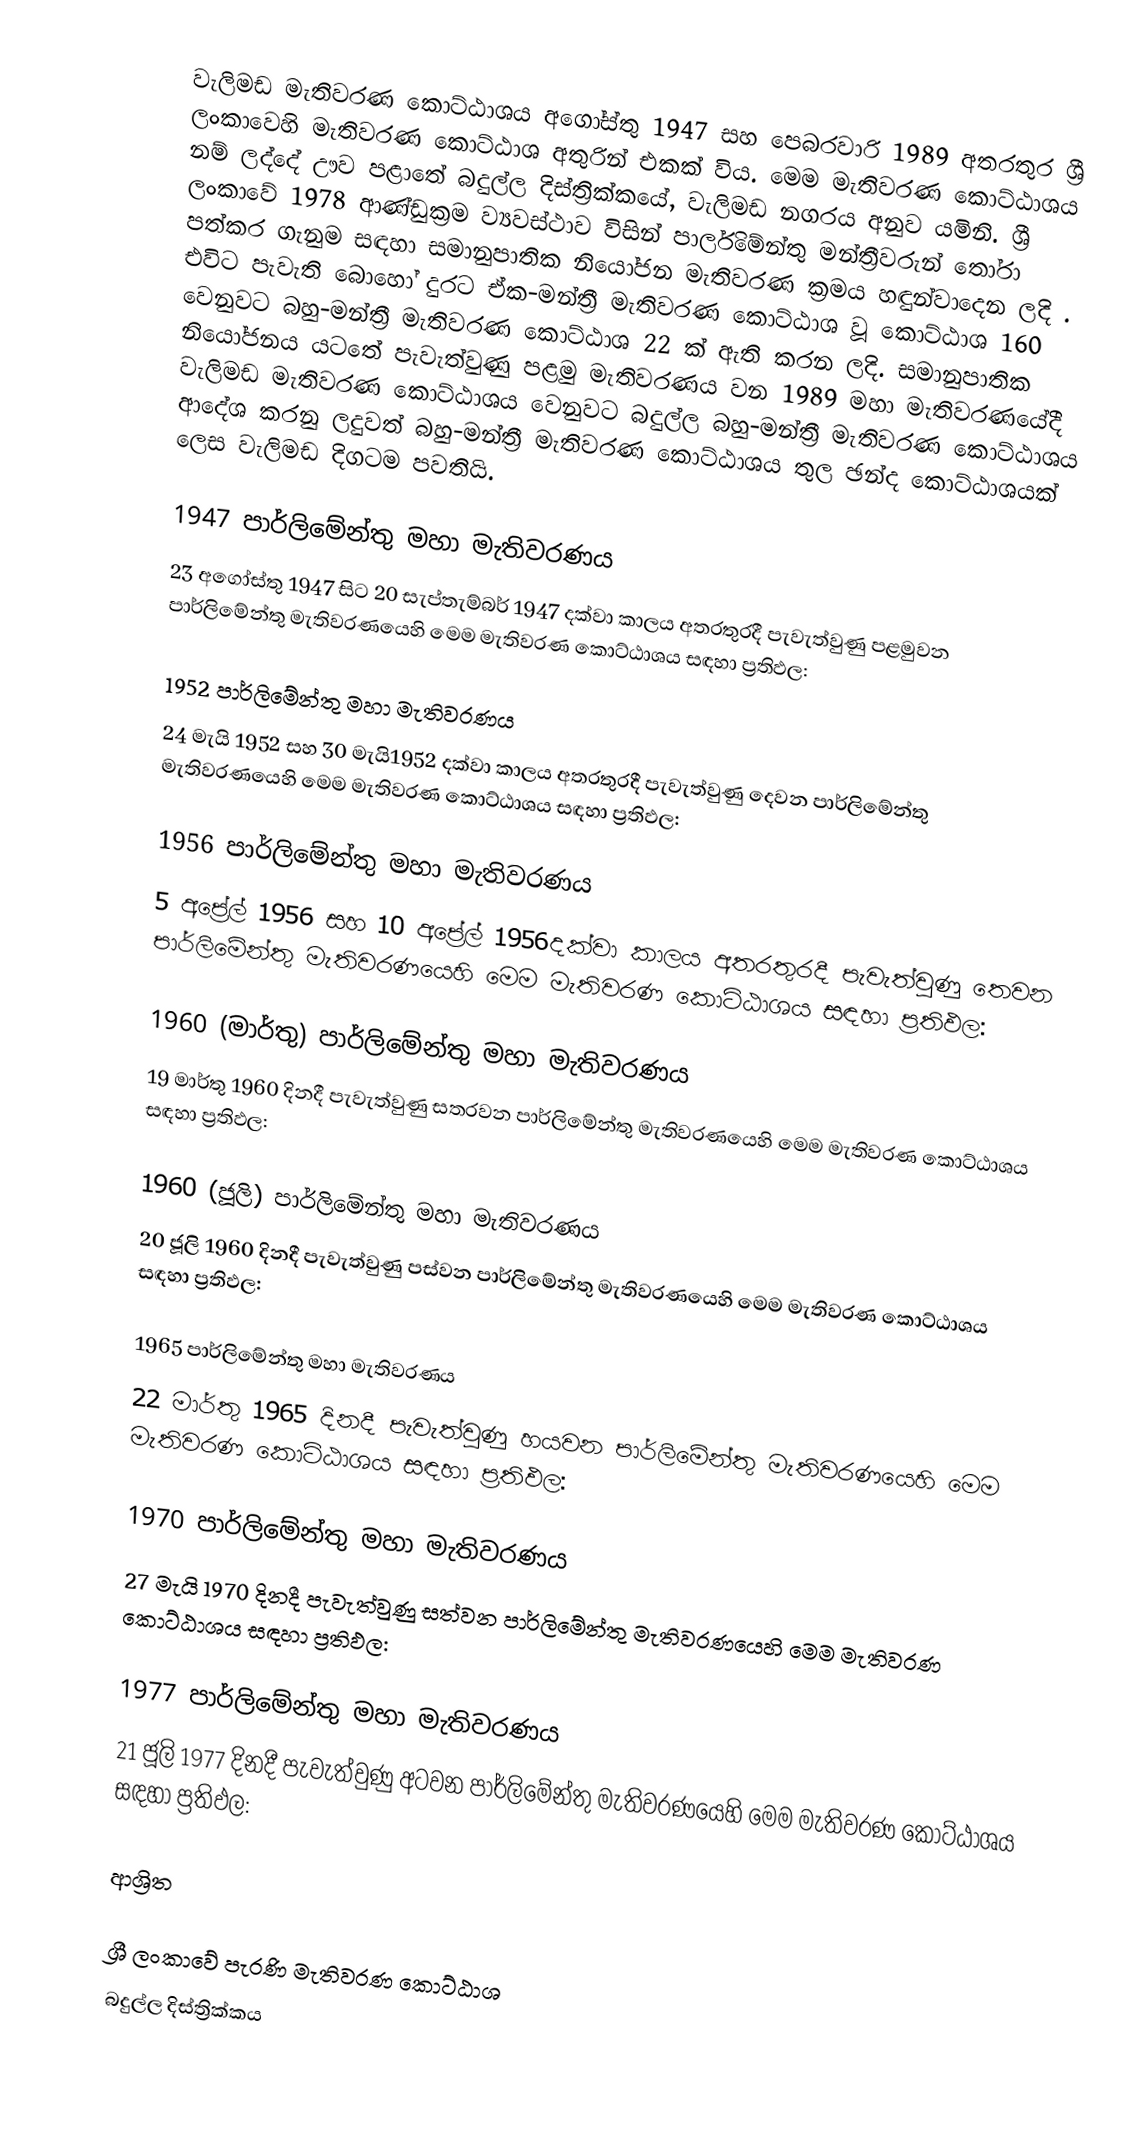
වැලිමඩ මැතිවරණ කොට්ඨාශය  අගෝස්තු 1947 සහ පෙබරවාරි 1989 අතරතුර  ශ්‍රී ලංකාවෙහි  මැතිවරණ කොට්ඨාශ අතුරින් එකක් විය. මෙම මැතිවරණ කොට්ඨාශය නම් ලද්දේ  ඌව පළාතේ  බදුල්ල  දිස්ත්‍රික්කයේ,  වැලිමඩ නගරය අනුව යමිනි. ශ්‍රී ලංකාවේ 1978 ආණ්ඩුක්‍රම ව්‍යවස්ථාව විසින්   පාර්ලිමේන්තු මන්ත්‍රීවරුන් තෝරා පත්කර ගැනුම සඳහා සමානුපාතික නියෝජන මැතිවරණ ක්‍රමය හඳුන්වාදෙන ලදි . එවිට පැවැති බොහෝ දුරට  ඒක-මන්ත්‍රී මැතිවරණ කොට්ඨාශ වූ කොට්ඨාශ 160 වෙනුවට බහු-මන්ත්‍රී මැතිවරණ කොට්ඨාශ 22 ක් ඇති කරන ලදි. සමානුපාතික නියෝජනය යටතේ පැවැත්වුණු  පළමු මැතිවරණය වන 1989 මහා මැතිවරණයේදී  වැලිමඩ මැතිවරණ කොට්ඨාශය වෙනුවට  බදුල්ල  බහු-මන්ත්‍රී මැතිවරණ කොට්ඨාශය  ආදේශ කරනු ලදුවත් බහු-මන්ත්‍රී මැතිවරණ කොට්ඨාශය තුල ඡන්ද කොට්ඨාශයක් ලෙස වැලිමඩ දිගටම පවතියි.

1947 පාර්ලිමේන්තු මහා මැතිවරණය
23 අගෝස්තු 1947 සිට 20 සැප්තැම්බර් 1947 දක්වා කාලය අතරතුරදී පැවැත්වුණු   පළමුවන පාර්ලිමේන්තු මැතිවරණයෙහි මෙම මැතිවරණ කොට්ඨාශය සඳහා ප්‍රතිඵල:

1952 පාර්ලිමේන්තු මහා මැතිවරණය
24 මැයි 1952 සහ 30 මැයි1952 දක්වා කාලය අතරතුරදී පැවැත්වුණු   දෙවන පාර්ලිමේන්තු මැතිවරණයෙහි මෙම මැතිවරණ කොට්ඨාශය සඳහා ප්‍රතිඵල:

1956 පාර්ලිමේන්තු මහා මැතිවරණය
5 අප්‍රේල් 1956 සහ 10 අප්‍රේල් 1956දක්වා කාලය අතරතුරදී පැවැත්වුණු   තෙවන පාර්ලිමේන්තු මැතිවරණයෙහි මෙම මැතිවරණ කොට්ඨාශය සඳහා ප්‍රතිඵල:

1960 (මාර්තු) පාර්ලිමේන්තු මහා මැතිවරණය
19 මාර්තු 1960 දිනදී පැවැත්වුණු   සතරවන පාර්ලිමේන්තු මැතිවරණයෙහි මෙම මැතිවරණ කොට්ඨාශය සඳහා ප්‍රතිඵල:

1960 (ජූලි) පාර්ලිමේන්තු මහා මැතිවරණය
20 ජූලි 1960 දිනදී පැවැත්වුණු   පස්වන පාර්ලිමේන්තු මැතිවරණයෙහි මෙම මැතිවරණ කොට්ඨාශය සඳහා ප්‍රතිඵල:

1965 පාර්ලිමේන්තු මහා මැතිවරණය
22 මාර්තු 1965  දිනදී පැවැත්වුණු   හයවන පාර්ලිමේන්තු මැතිවරණයෙහි මෙම මැතිවරණ කොට්ඨාශය සඳහා ප්‍රතිඵල:

1970 පාර්ලිමේන්තු මහා මැතිවරණය
27 මැයි 1970 දිනදී පැවැත්වුණු   සත්වන පාර්ලිමේන්තු මැතිවරණයෙහි මෙම මැතිවරණ කොට්ඨාශය සඳහා ප්‍රතිඵල:

1977 පාර්ලිමේන්තු මහා මැතිවරණය
21 ජූලි 1977 දිනදී පැවැත්වුණු   අටවන පාර්ලිමේන්තු මැතිවරණයෙහි මෙම මැතිවරණ කොට්ඨාශය සඳහා ප්‍රතිඵල:

ආශ්‍රිත

ශ්‍රී ලංකාවේ පැරණි මැතිවරණ කොට්ඨාශ
 බදුල්ල දිස්ත්‍රික්කය